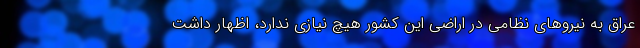
عراق به نیروهای نظامی در اراضی این کشور هیچ نیازی ندارد، اظهار داشت